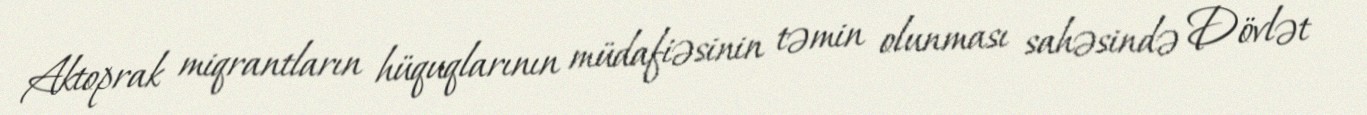
Aktoprak miqrantların hüquqlarının müdafiəsinin təmin olunması sahəsində Dövlət